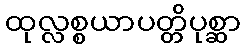
ထုလ္လစ္စယာပတ္တိပုစ္ဆာ